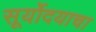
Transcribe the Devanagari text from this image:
सूर्योदयाचा